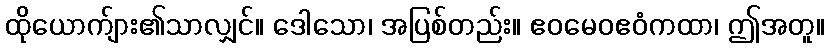
ထိုယောက်ျား၏သာလျှင်။ ဒေါသော၊ အပြစ်တည်း။ ဧဝမေဝဧဝံကထာ၊ ဤအတူ။